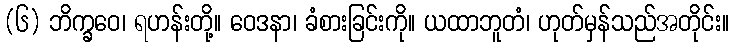
(၆) ဘိက္ခဝေ၊ ရဟန်းတို့။ ဝေဒနာ၊ ခံစားခြင်းကို။ ယထာဘူတံ၊ ဟုတ်မှန်သည်အတိုင်း။